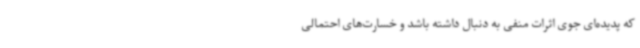
که پدیده‌ای جوی اثرات منفی به دنبال داشته باشد و خسارت‌های احتمالی